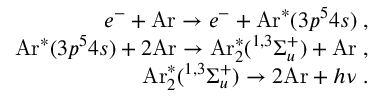
\begin{array} { r } { e ^ { - } + \mathrm { A r } \rightarrow e ^ { - } + \mathrm { A r } ^ { \ast } ( 3 p ^ { 5 } 4 s ) \; , } \\ { \mathrm { A r } ^ { \ast } ( 3 p ^ { 5 } 4 s ) + 2 \mathrm { A r } \rightarrow \mathrm { A r } _ { 2 } ^ { \ast } ( ^ { 1 , 3 } \Sigma _ { u } ^ { + } ) + \mathrm { A r } \; , } \\ { \mathrm { A r } _ { 2 } ^ { \ast } ( ^ { 1 , 3 } \Sigma _ { u } ^ { + } ) \rightarrow 2 \mathrm { A r } + h \nu \; . } \end{array}